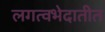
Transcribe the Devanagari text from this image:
लगत्वभेदातीत